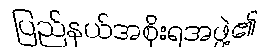
ပြည်နယ်အစိုးရအဖွဲ့၏